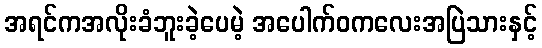
အရင်ကအလိုးခံဘူးခဲ့ပေမဲ့ အပေါက်ဝကလေးအပြဲသားနှင့်